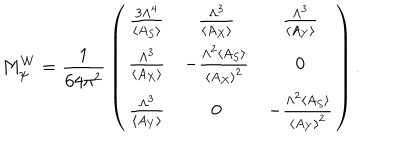
M _ { \psi } ^ { W } = { \frac { 1 } { 6 4 \pi ^ { 2 } } } \left( \begin{array} { c c c } { { { \frac { 3 \Lambda ^ { 4 } } { \langle A _ { S } \rangle } } } } & { { { \frac { \Lambda ^ { 3 } } { \langle A _ { X } \rangle } } } } & { { { \frac { \Lambda ^ { 3 } } { \langle A _ { Y } \rangle } } } } \\ { { { \frac { \Lambda ^ { 3 } } { \langle A _ { X } \rangle } } } } & { { - { \frac { \Lambda ^ { 2 } \langle A _ { S } \rangle } { \langle A _ { X } \rangle ^ { 2 } } } } } & { { 0 } } \\ { { { \frac { \Lambda ^ { 3 } } { \langle A _ { Y } \rangle } } } } & { { 0 } } & { { - { \frac { \Lambda ^ { 2 } \langle A _ { S } \rangle } { \langle A _ { Y } \rangle ^ { 2 } } } } } \\ \end{array} \right) .